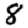
Digit: 8